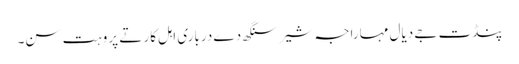
پنڈت جےَ دیال مہاراجہ شیر سنگھ دے درباری اہل کار تے پروہت سن۔